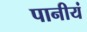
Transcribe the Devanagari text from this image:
पानीयं